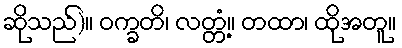
ဆိုသည်)။ ဝက္ခတိ၊ လတ္တံ့။ တထာ၊ ထိုအတူ။